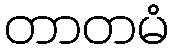
တာတမံ